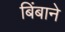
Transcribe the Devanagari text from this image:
बिंबाने